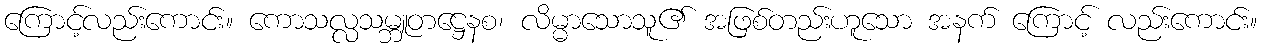
ကြောင့်လည်းကောင်း။ ကောသလ္လသမ္ဘူတဋ္ဌေနစ၊ လိမ္မာသောသူ၏ အဖြစ်တည်းဟူသော အနက် ကြောင့် လည်းကောင်း။